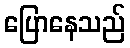
ပြောနေသည်